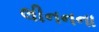
લીનનના